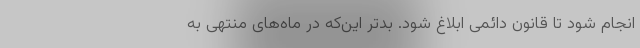
انجام شود تا قانون دائمی ابلاغ شود. بدتر این‌که در ماه‌های منتهی به